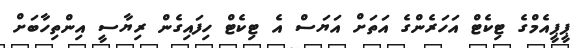
ޕީޕީއެމްގެ ޓިކެޓް އަހަރެންގެ އަތަށް އަޔަސް އެ ޓިކެޓް ހިފައިގެން ރިޔާސީ އިންތިހާބަށް